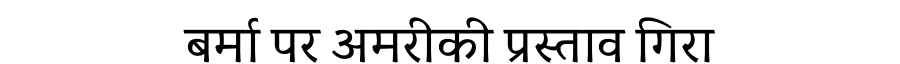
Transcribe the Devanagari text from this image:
बर्मा पर अमरीकी प्रस्ताव गिरा